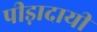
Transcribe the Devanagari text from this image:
पीड़ादायी